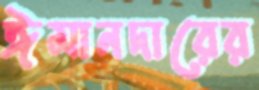
ঈমানদারের